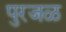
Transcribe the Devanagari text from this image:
पुरजळ